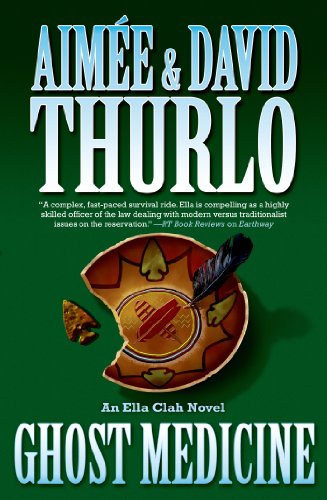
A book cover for Ghost Medicine: An Ella Clah Novel; AimÃ©e Thurlo; Literature & Fiction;